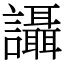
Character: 讘